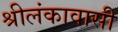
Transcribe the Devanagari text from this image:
श्रीलंकावासी